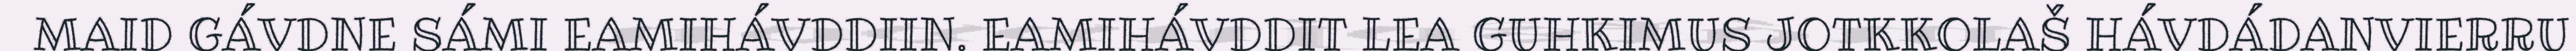
MAID GÁVDNE SÁMI EAMIHÁVDDIIN. EAMIHÁVDDIT LEA GUHKIMUS JOTKKOLAŠ HÁVDÁDANVIERRU